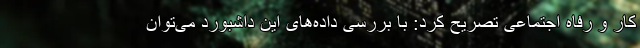
کار و رفاه اجتماعی تصریح کرد: با بررسی داده‌های این داشبورد می‌توان